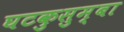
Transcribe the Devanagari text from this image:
घटकुसुम्बा